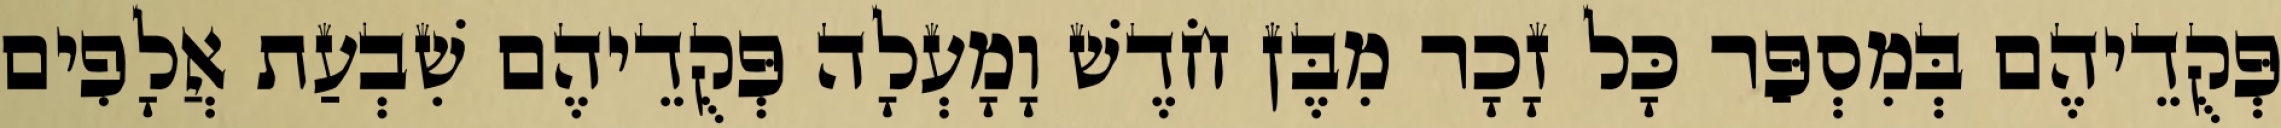
פְּקֻדֵיהֶם בְּמִסְפַּר כָּל זָכָר מִבֶּן חֹדֶשׁ וָמָעְלָה פְּקֻדֵיהֶם שִׁבְעַת אֲלָפִים